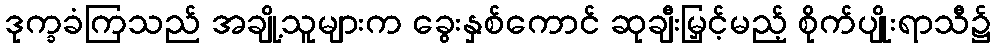
ဒုက္ခခံကြသည် အချို့သူများက ခွေးနှစ်ကောင် ဆုချီးမြှင့်မည့် စိုက်ပျိုးရာသီ၌